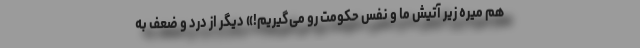
هم میره زیر آتیش ما و نفس حکومت رو می‌گیریم!» دیگر از درد و ضعف به